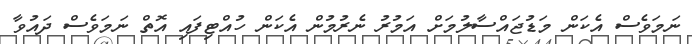
ނަމަވެސް އެކަން މަޑުޖައްސާލުމަށް އަމުރު ނެރުމުން އެކަން ހުއްޓިފައި އޮތް ނަމަވެސް ދައުވާ